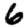
Digit: 6